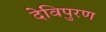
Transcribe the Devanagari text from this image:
देविपुरण